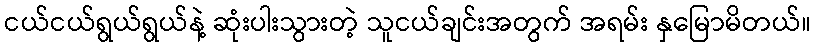
ငယ်ငယ်ရွယ်ရွယ်နဲ့ ဆုံးပါးသွားတဲ့ သူငယ်ချင်းအတွက် အရမ်း နှမြောမိတယ်။